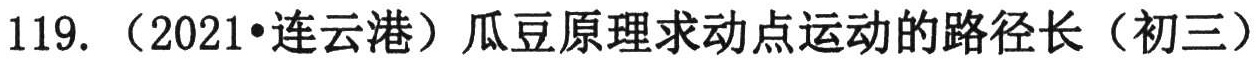
119. （2021•连云港）瓜豆原理求动点运动的路径长（初三）